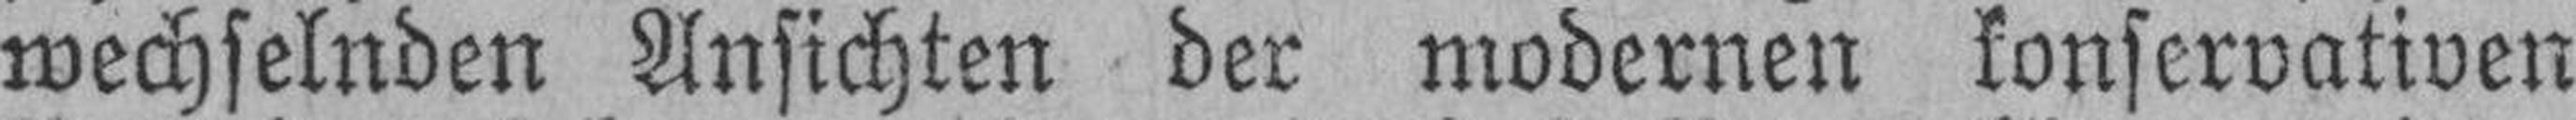
wechselnden Ansichten der modernen konservativen